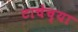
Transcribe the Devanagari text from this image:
टाचेच्या